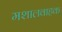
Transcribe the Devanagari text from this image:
मशालवाहक